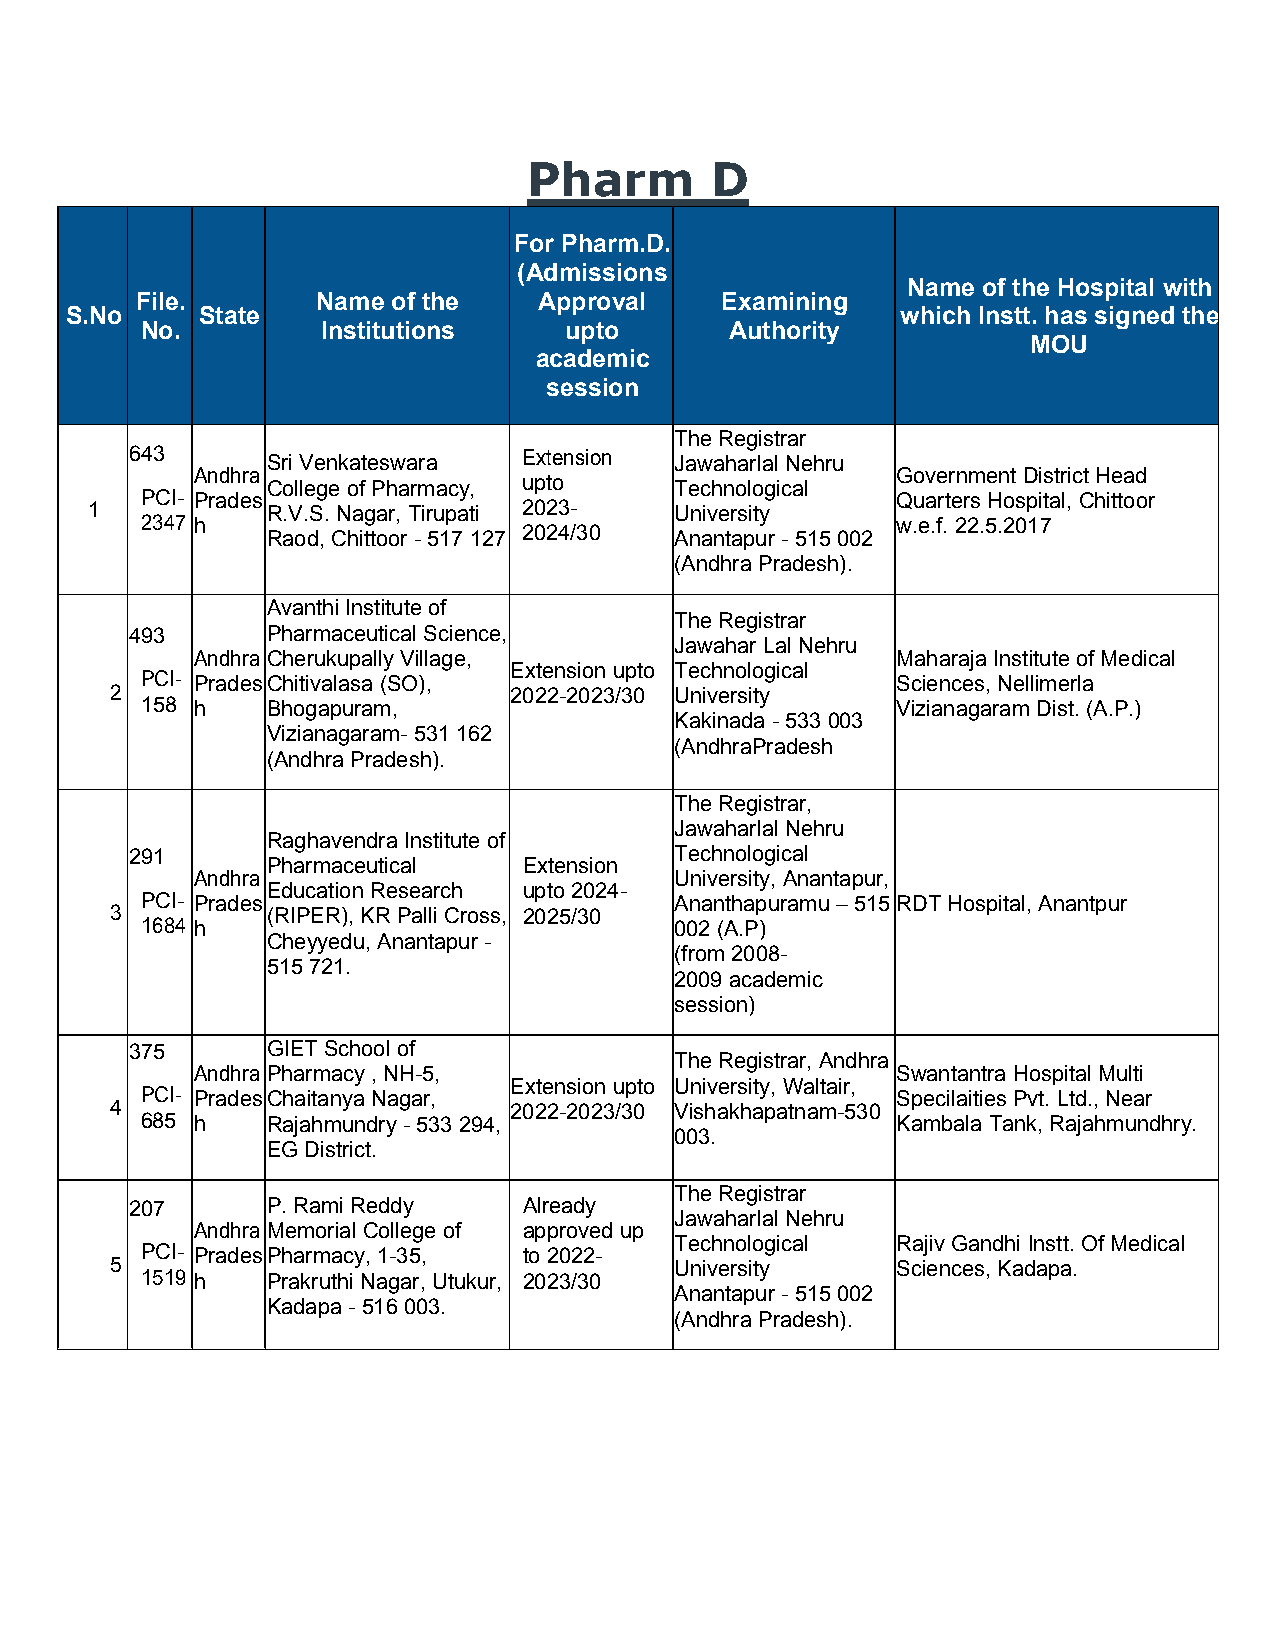
Pharm       D
 For Pharm.D.
 (Admissions
 Name of the Hospital with
 File.       Name of the    Approval    Examining
 S.No     State                                          which Instt. has signed the
 No.         Institutions    upto       Authority
 MOU
 academic
 session
 TheRegistrar
 643      SriVenkateswara  Extension Jawaharlal Nehru
 Andhra                                        GovernmentDistrictHead
 Collegeof Pharmacy, upto   Technological
 PCI- Prades                                       Quarters Hospital,Chittoor
 1           R.V.S.Nagar,Tirupati 2023- University
 2347 h                                            w.e.f.22.5.2017
 Raod,Chittoor -517 127 2024/30 Anantapur - 515002
 (Andhra Pradesh).
 AvanthiInstitute of
 TheRegistrar
 493      PharmaceuticalScience,
 Jawahar LalNehru
 Andhra CherukupallyVillage,                   MaharajaInstitute ofMedical
 Extension upto Technological
 PCI- PradesChitivalasa(SO),                       Sciences,Nellimerla
 2                          2022-2023/30 University
 158 h    Bhogapuram,                              Vizianagaram Dist.(A.P.)
 Kakinada -533003
 Vizianagaram-531162
 (AndhraPradesh
 (AndhraPradesh).
 TheRegistrar,
 Jawaharlal Nehru
 RaghavendraInstitute of
 291                                 Technological
 Pharmaceutical   Extension
 Andhra                          University, Anantapur,
 EducationResearch upto 2024-
 PCI- Prades                         Ananthapuramu–515RDTHospital,Anantpur
 3          (RIPER),KR PalliCross, 2025/30
 1684 h                              002(A.P)
 Cheyyedu,Anantapur -
 (from 2008-
 515 721.
 2009 academic
 session)
 375      GIETSchoolof
 TheRegistrar, Andhra
 Andhra Pharmacy,NH-5,                         Swantantra HospitalMulti
 Extension upto University, Waltair,
 PCI- PradesChaitanya Nagar,                       Specilaities Pvt.Ltd., Near
 4                          2022-2023/30 Vishakhapatnam-530
 685 h    Rajahmundry- 533 294,                    Kambala Tank,Rajahmundhry.
 003.
 EGDistrict.
 TheRegistrar
 207      P.RamiReddy      Already
 Jawaharlal Nehru
 Andhra MemorialCollege of approved up
 Technological Rajiv GandhiInstt. OfMedical
 PCI- PradesPharmacy, 1-35, to2022-
 5                                     University    Sciences,Kadapa.
 1519 h   PrakruthiNagar,Utukur, 2023/30
 Anantapur - 515002
 Kadapa- 516003.
 (Andhra Pradesh).